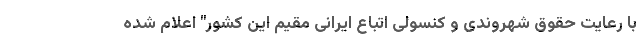
با رعایت حقوق شهروندی و کنسولی اتباع ایرانی مقیم این کشور" اعلام شده